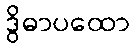
ဒွိဓာပထော